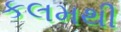
કલમથી